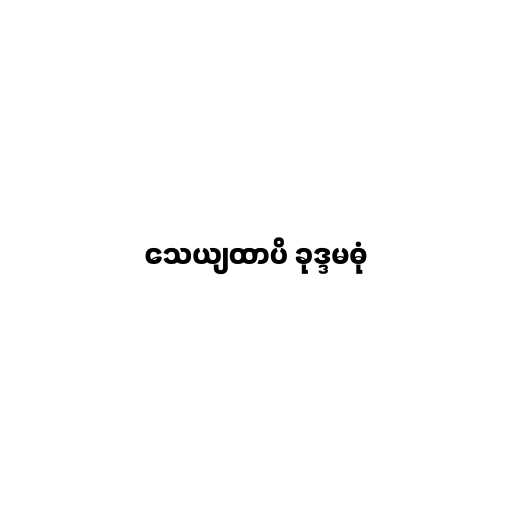
သေယျထာပိ ခုဒ္ဒမဓုံ